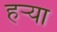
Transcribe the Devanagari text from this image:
हर्‍या